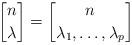
LaTeX: \begin{align*}{n\brack \lambda}={n\brack \lambda_1,\ldots,\lambda_p}\end{align*}